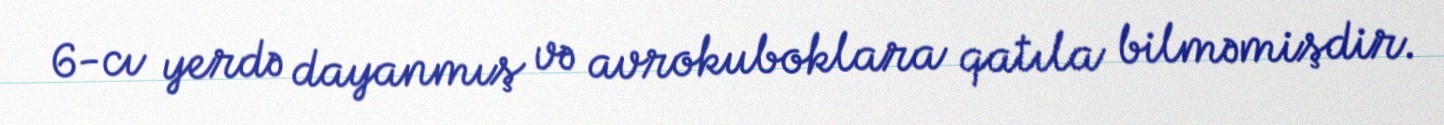
6-cı yerdə dayanmış və avrokuboklara qatıla bilməmişdir.